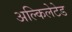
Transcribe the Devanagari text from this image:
अल्किलेटेड